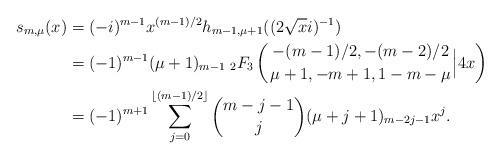
LaTeX: \begin{align*}s_{m,\mu}(x)&=(-i)^{m-1}x^{(m-1)/2}h_{m-1,\mu+1}((2\sqrt{x}i)^{-1}) \\&=(-1)^{m-1}(\mu+1)_{m-1}{\; }_2 F_3 \left({-(m-1)/2,-(m-2)/2 \atop \mu+1,-m+1,1-m-\mu} \Big{|} 4x \right) \\&=(-1)^{m+1}\sum_{j=0}^{\lfloor (m-1)/2 \rfloor}\binom{m-j-1}{j}(\mu+j+1)_{m-2j-1}x^{j}. \end{align*}